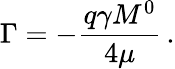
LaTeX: \Gamma=-\frac{q\gamma M^{0}}{4\mu}\, .